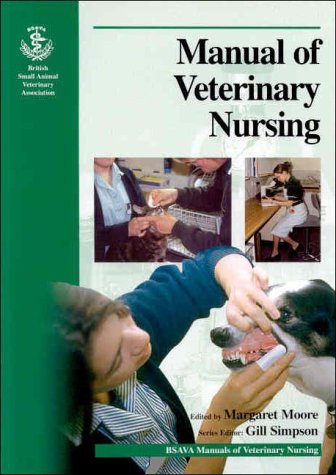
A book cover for BSAVA Manual of Veterinary Nursing (BSAVA British Small Animal Veterinary Association); Medical Books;